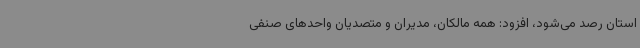
استان رصد می‌شود، افزود: همه مالکان، مدیران و متصدیان واحدهای صنفی